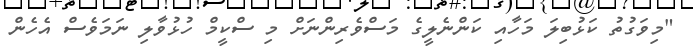
"މިވަގުތު ކަޅުބިލަ މަހާއި ކަންނެލީގެ މަސްވެރިންނަށް މި ސްކީމް ހުޅުވާލި ނަމަވެސް އެހެން